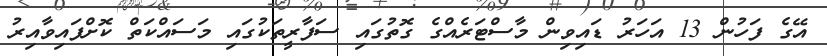
އޭގެ ފަހުން 13 އަހަރު ޑައިވިން މާސްޓަރެއްގެ ގޮތުގައި ސަފާރީތަކުގައި މަސައްކަތް ކޮށްފައިވާއިރު